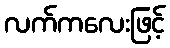
လက်ကလေးဖြင့်